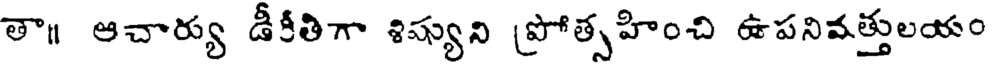
తా॥ ఆచార్యు డీకీతిగా శిష్యుని ప్రోత్సహించి ఉపనివత్తులయం